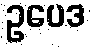
ဥပေဒ